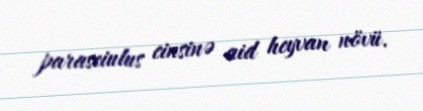
paraseiulus cinsinə aid heyvan növü.